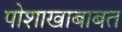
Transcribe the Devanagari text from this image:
पोशाखाबाबत